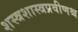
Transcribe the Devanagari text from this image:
शस्त्रशास्त्रप्रवीणश्च